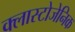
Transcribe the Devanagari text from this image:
क्लास्टोजेनिक